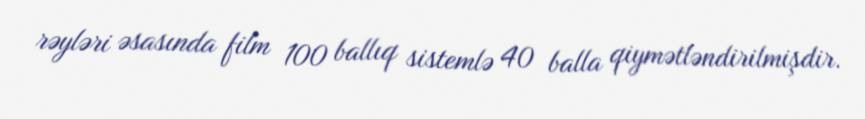
rəyləri əsasında film 100 ballıq sistemlə 40 balla qiymətləndirilmişdir.